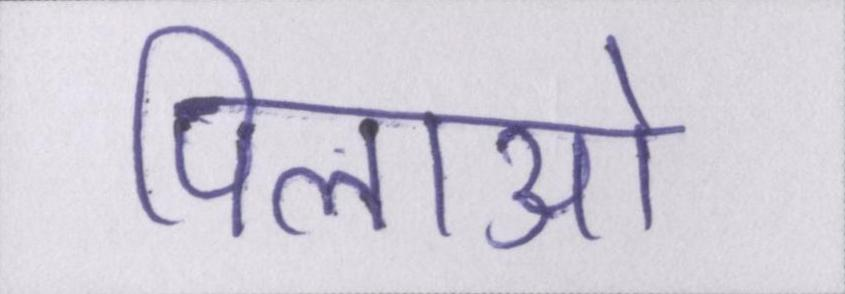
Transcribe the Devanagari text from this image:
पिलाओ